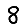
Digit: 8